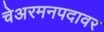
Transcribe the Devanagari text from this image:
चेअरमनपदावर